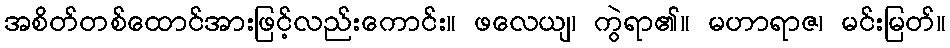
အစိတ်တစ်ထောင်အားဖြင့်လည်းကောင်း။ ဖလေယျ၊ ကွဲရာ၏။ မဟာရာဇ၊ မင်းမြတ်။